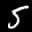
Label: 5